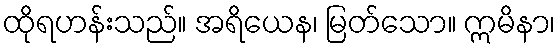
ထိုရဟန်းသည်။ အရိယေန၊ မြတ်သော။ ဣမိနာ၊